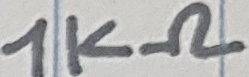
Text: 1KΩ